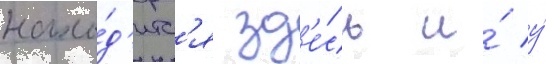
нахо́д'итс'я зд'е́сь и́ у́